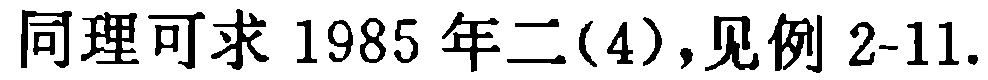
同理可求 1985 年二(4),见例 2-11.